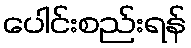
ပေါင်းစည်းရန်